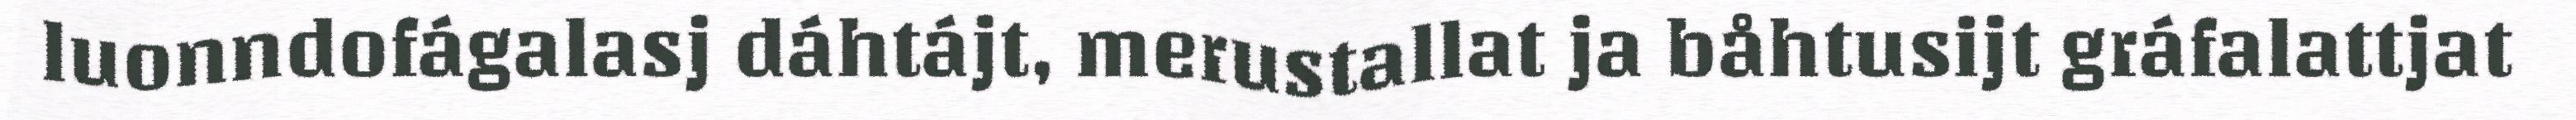
luonndofágalasj dáhtájt, merustallat ja båhtusijt gráfalattjat